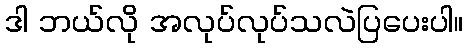
ဒါ ဘယ်လို အလုပ်လုပ်သလဲပြပေးပါ။